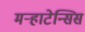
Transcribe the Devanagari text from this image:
मऱ्हाटेन्सिस